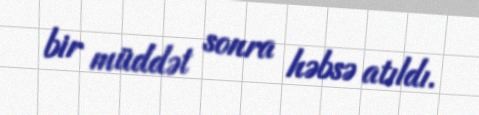
bir müddət sonra həbsə atıldı.